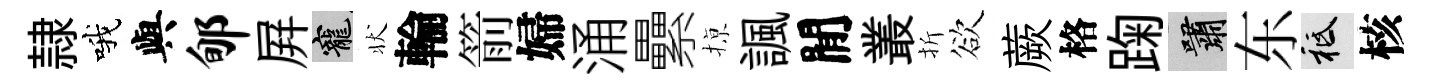
隷哦與郇屛寵状輪箭婦涌纍𢱊諷閒叢折欲蕨格踘嘯东祇核